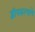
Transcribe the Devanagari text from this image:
द्वीपकल्पांचे